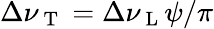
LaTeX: \Delta\nu_{\mathrm{~T~}}=\Delta\nu_{\mathrm{~L~}}\psi/\pi